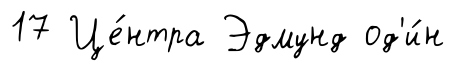
17 Це́нтра Эдмунд од'и́н